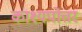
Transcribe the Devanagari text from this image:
काश्यपोत्तर